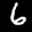
Label: 6